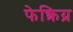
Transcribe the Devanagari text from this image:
फेक्त्रिय्र